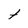
Character: t